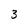
Character: 3